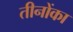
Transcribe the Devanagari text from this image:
तीनोंका